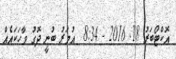
އޮކްޓޯބަރު 18